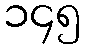
၁၄၅